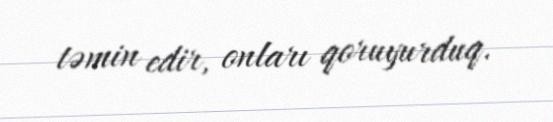
təmin edir, onları qoruyurduq.